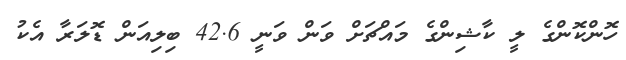
ހޮންކޮންގެ ލީ ކާޝިންގެ މައްޗަށް ވަން ވަނީ 42.6 ބިލިއަން ޑޮލަރާ އެކު